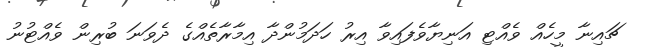
ޗައިނާ މީހެއް ވެއްޓި އަނިޔާވެފައިވާ އިރު ހަދަމުންދާ އިމާރާތެއްގެ ދެވަނަ ބުރިން ވެއްޓުނު